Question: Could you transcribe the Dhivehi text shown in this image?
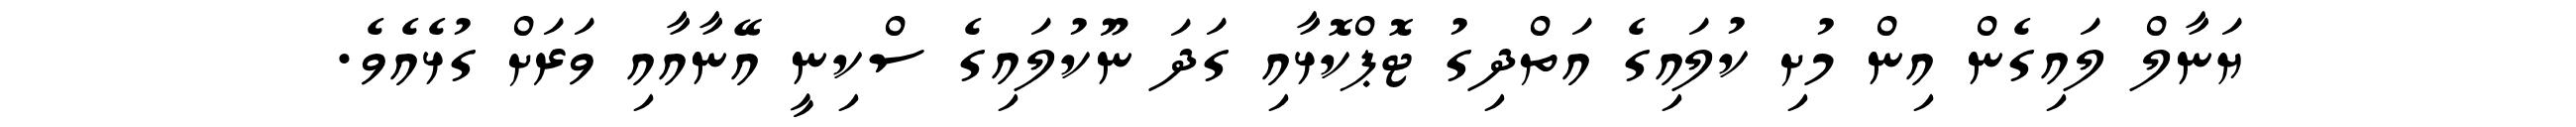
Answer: ޔަނާލް ލައިގެން އިން މުށި ކުލައިގެ އަތްދިގު ޓޮޕްކޮޅާއި ގަދަ ނޫކުލައިގެ ސްކިނީ އޭނާއާއި ވަރަށް ގުޅެއެވެ.